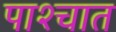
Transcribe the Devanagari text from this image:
पाश्‍चात